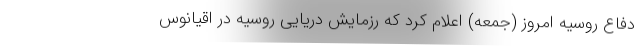
دفاع روسیه امروز (جمعه) اعلام کرد که رزمایش دریایی روسیه در اقیانوس